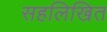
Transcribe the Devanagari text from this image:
सहलिखित